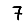
Digit: 7